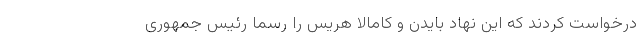
درخواست کردند که این نهاد بایدن و کامالا هریس را رسما رئیس جمهوری